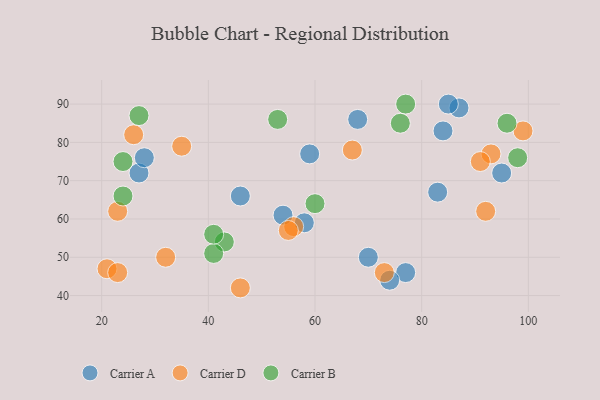
{"axis": {"x": "GDP", "y": "Life Expectancy"}, "legend": ["Carrier A", "Carrier B", "Carrier D"], "data": [{"x": "27", "y": 72, "type": "Carrier A"}, {"x": "87", "y": 89, "type": "Carrier A"}, {"x": "58", "y": 59, "type": "Carrier A"}, {"x": "70", "y": 50, "type": "Carrier A"}, {"x": "54", "y": 61, "type": "Carrier A"}, {"x": "59", "y": 77, "type": "Carrier A"}, {"x": "46", "y": 66, "type": "Carrier A"}, {"x": "77", "y": 46, "type": "Carrier A"}, {"x": "83", "y": 67, "type": "Carrier A"}, {"x": "74", "y": 44, "type": "Carrier A"}, {"x": "28", "y": 76, "type": "Carrier A"}, {"x": "84", "y": 83, "type": "Carrier A"}, {"x": "85", "y": 90, "type": "Carrier A"}, {"x": "95", "y": 72, "type": "Carrier A"}, {"x": "68", "y": 86, "type": "Carrier A"}, {"x": "73", "y": 46, "type": "Carrier D"}, {"x": "92", "y": 62, "type": "Carrier D"}, {"x": "56", "y": 58, "type": "Carrier D"}, {"x": "93", "y": 77, "type": "Carrier D"}, {"x": "32", "y": 50, "type": "Carrier D"}, {"x": "23", "y": 62, "type": "Carrier D"}, {"x": "35", "y": 79, "type": "Carrier D"}, {"x": "26", "y": 82, "type": "Carrier D"}, {"x": "99", "y": 83, "type": "Carrier D"}, {"x": "21", "y": 47, "type": "Carrier D"}, {"x": "67", "y": 78, "type": "Carrier D"}, {"x": "46", "y": 42, "type": "Carrier D"}, {"x": "23", "y": 46, "type": "Carrier D"}, {"x": "55", "y": 57, "type": "Carrier D"}, {"x": "91", "y": 75, "type": "Carrier D"}, {"x": "27", "y": 87, "type": "Carrier B"}, {"x": "96", "y": 85, "type": "Carrier B"}, {"x": "43", "y": 54, "type": "Carrier B"}, {"x": "24", "y": 66, "type": "Carrier B"}, {"x": "53", "y": 86, "type": "Carrier B"}, {"x": "60", "y": 64, "type": "Carrier B"}, {"x": "41", "y": 51, "type": "Carrier B"}, {"x": "98", "y": 76, "type": "Carrier B"}, {"x": "76", "y": 85, "type": "Carrier B"}, {"x": "24", "y": 75, "type": "Carrier B"}, {"x": "41", "y": 56, "type": "Carrier B"}, {"x": "77", "y": 90, "type": "Carrier B"}]}